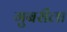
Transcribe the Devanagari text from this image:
गुबरीला